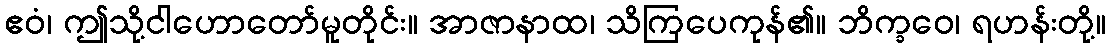
ဧဝံ၊ ဤသို့ငါဟောတော်မူတိုင်း။ အာဇာနာထ၊ သိကြပေကုန်၏။ ဘိက္ခဝေ၊ ရဟန်းတို့။